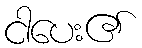
ငါပေး၏